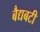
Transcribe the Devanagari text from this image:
बैद्यबटी